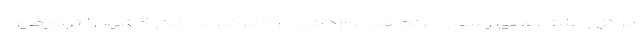
مرکزی علت اصلی رسوب برنج‌های وارداتی در گمرکها و بنادر کشور را ترخیص